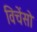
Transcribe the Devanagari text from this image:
विचेंसो